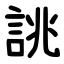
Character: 誂